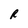
Character: R